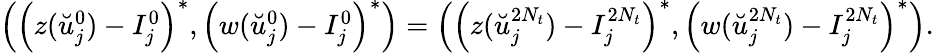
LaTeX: \begin{array}{r}{\left(\left({z}(\breve{u}_{j}^{0})-I_{j}^{0}\right)^{*},\left({w}(\breve{u}_{j}^{0})-I_{j}^{0}\right)^{*}\right)=\left(\left({z}(\breve{u}_{j}^{2N_{t}})-I_{j}^{2N_{t}}\right)^{*},\left({w}(\breve{u}_{j}^{2N_{t}})-I_{j}^{2N_{t}}\right)^{*}\right).}\end{array}